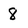
Character: 8